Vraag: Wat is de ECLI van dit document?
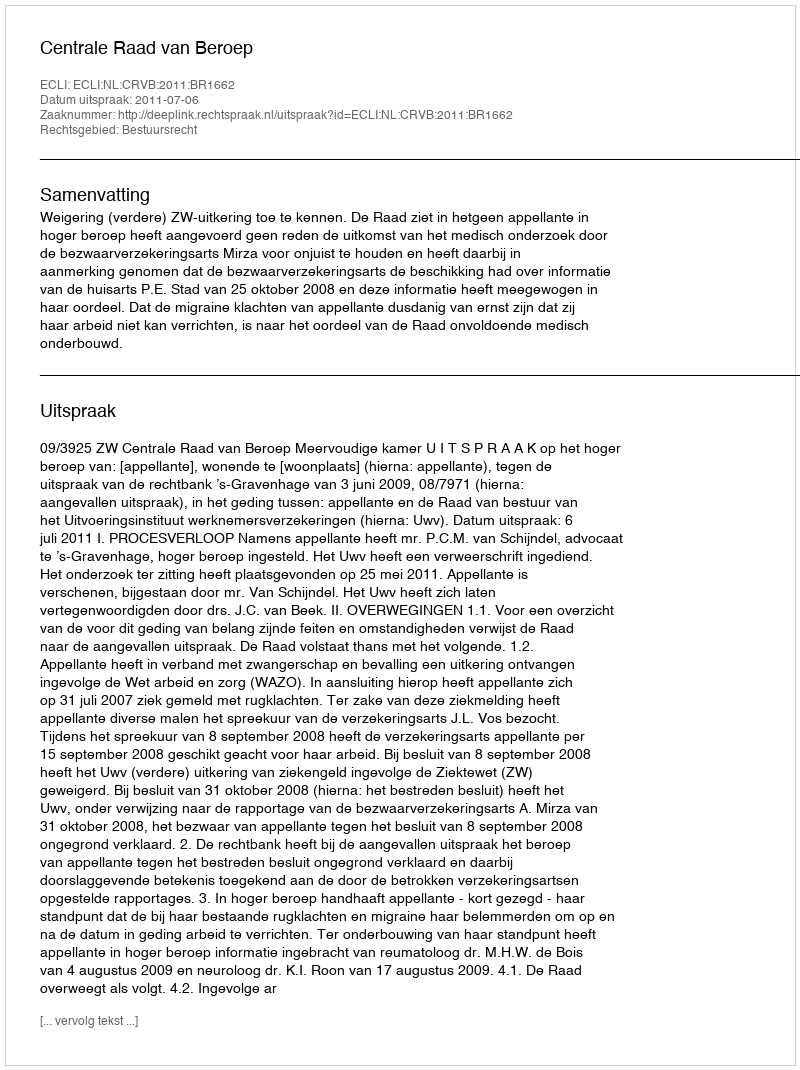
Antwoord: ECLI:NL:CRVB:2011:BR1662